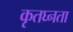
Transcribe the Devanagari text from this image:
कृतघ्नता